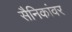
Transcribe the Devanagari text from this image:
सैनिकांवर